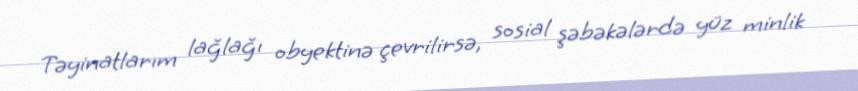
Təyinatlarım lağlağı obyektinə çevrilirsə, sosial şəbəkələrdə yüz minlik